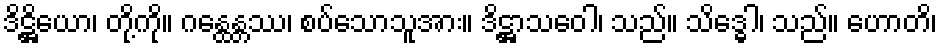
ဒိဋ္ဌိယော၊ တို့ကို။ ဂန္ထေန္တဿ၊ စပ်သောသူအား။ ဒိဋ္ဌာသဝေါ၊ သည်။ သိဒ္ဓေါ၊ သည်။ ဟောတိ၊